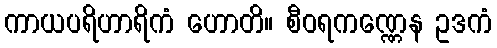
ကာယပရိဟာရိကံ ဟောတိ။ စီဝရကဏ္ဏေန ဥဒကံ